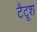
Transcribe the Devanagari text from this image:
टैटूश